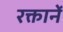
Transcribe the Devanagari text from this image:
रक्तानें